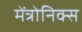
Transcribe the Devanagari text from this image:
मेंत्रोनिक्स